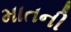
માતની